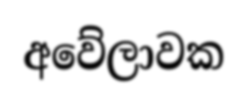
අවේලාවක